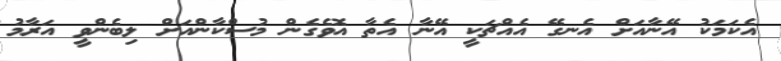
އެކަމަކު އޭނާއަށް އެނގޭ އެއްޗަކީ އޭނާ އެތާ އޮވެގެން މުސްކާންއަށް ލިބެންވީ އަރާމު